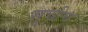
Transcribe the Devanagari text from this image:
सूचीच